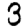
Digit: 3